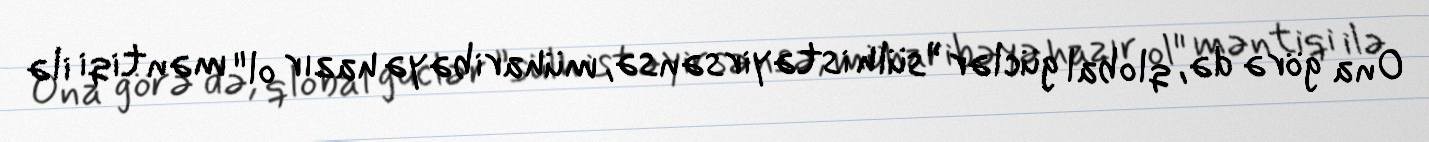
Ona görə də, qlobal güclər ”sülh istəyirsənsə, müharibəyə hazır ol" məntiqi ilə